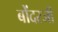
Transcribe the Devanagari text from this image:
बोंदरजी